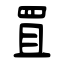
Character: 罝